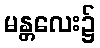
မန္တလေး၌